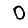
Digit: 0